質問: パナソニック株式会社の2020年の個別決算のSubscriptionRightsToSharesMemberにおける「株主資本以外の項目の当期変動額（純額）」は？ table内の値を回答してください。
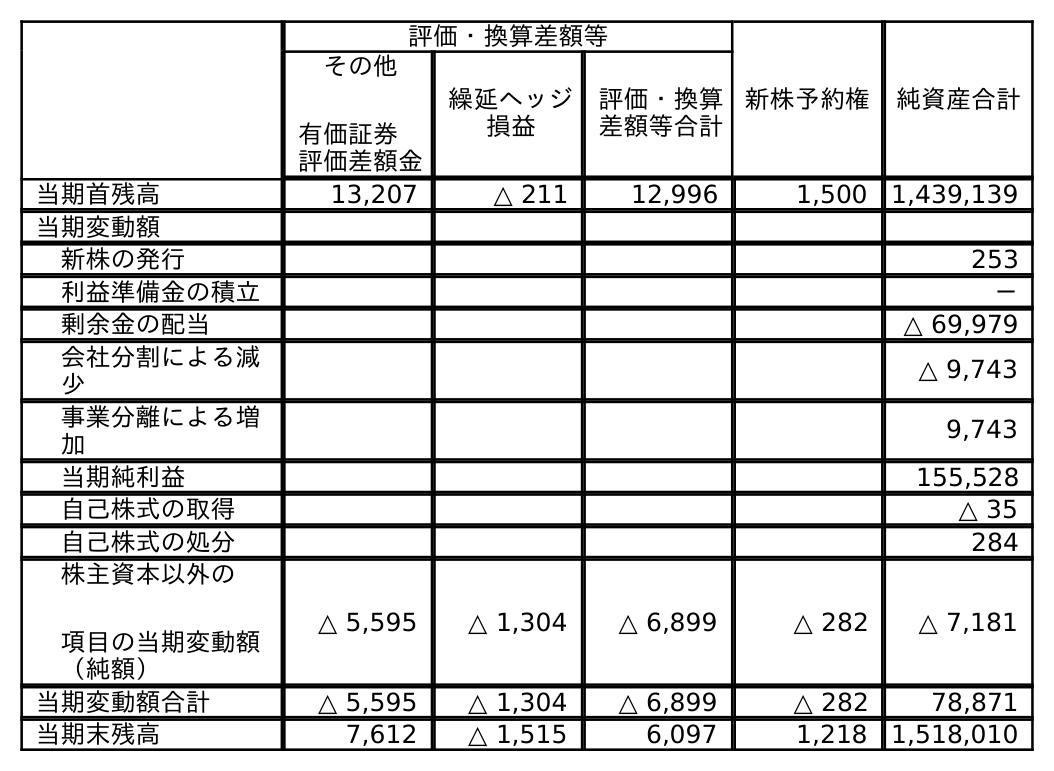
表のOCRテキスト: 評価・換算差額等 新株予約権 純資産合計 その他 有価証券  評価差額金 繰延ヘッジ 損益 評価・換算 差額等合計 当期首残高 13,207 △ 211 12,996 1,500 1,439,139 当期変動額 新株の発行 253 利益準備金の積立 － 剰余金の配当 △ 69,979 会社分割による減 少 △ 9,743 事業分離による増 加 9,743 当期純利益 155,528 自己株式の取得 △ 35 自己株式の処分 284 株主資本以外の 項目の当期変動額 （純額） △ 5,595 △ 1,304 △ 6,899 △ 282 △ 7,181 当期変動額合計 △ 5,595 △ 1,304 △ 6,899 △ 282 78,871 当期末残高 7,612 △ 1,515 6,097 1,218 1,518,010
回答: △282